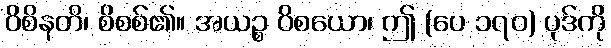
ဝိစိနတိ၊ စိစစ်၏။ အယဉ္စ ဝိစယော၊ ဤ (ပေ ၁၇၀) ပုဒ်ကို